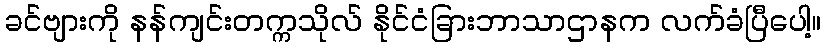
ခင်ဗျားကို နန်ကျင်းတက္ကသိုလ် နိုင်ငံခြားဘာသာဌာနက လက်ခံပြီပေါ့။